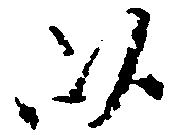
以